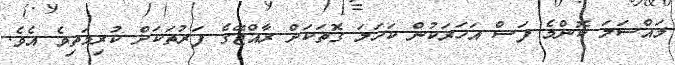
މައްސަލަ ކޮންމެ ފަސް އަހަރަކުން ކަހަލަ ގޮތަކަށް ރާއްޖޭގެ ފަރުތަކަށް ކުރިމަތިވެ އެވެ.